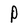
Character: P